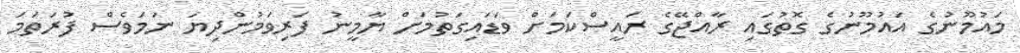
މައުމޫނުގެ އައުމޫނުގެ ގޮތުގައި ރާއްޖޭގެ ރައީސްކަމަށް ވަޑައިގަތުމަށް ޔާމީނު ފަރިވަމުންދިޔަ ނަމަވެސް ފުރަތަމަ